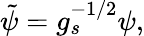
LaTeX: \tilde{\psi}=g_{s}^{-1/2}\psi,